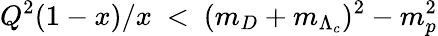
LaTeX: Q^{2}(1-x)/x\ <\ (m_{D}+m_{\Lambda_{c}})^{2}-m_{p}^{2}